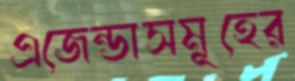
এজেন্ডাসমূহের